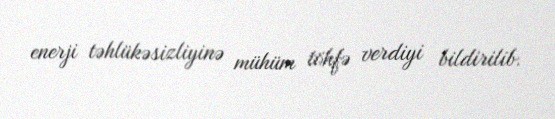
enerji təhlükəsizliyinə mühüm töhfə verdiyi bildirilib.